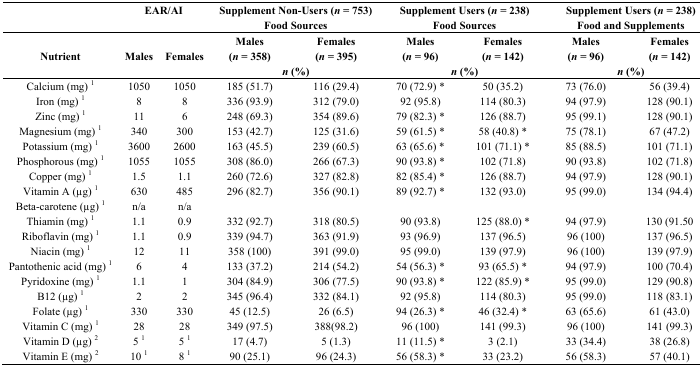
<table><thead><tr><td rowspan="2"></td><td rowspan="2" colspan="2"><b>EAR/AI</b></td><td colspan="2"><b>Supplement Non-Users (<i>n</i> = 753)</b></td><td colspan="2"><b>Supplement Users (<i>n</i> = 238)</b></td><td colspan="2"><b>Supplement Users (<i>n</i> = 238)</b></td></tr><tr><td colspan="2"><b>Food Sources</b></td><td colspan="2"><b>Food Sources</b></td><td colspan="2"><b>Food and Supplements</b></td></tr><tr><td rowspan="2"><b>Nutrient</b></td><td rowspan="2"><b>Males</b></td><td rowspan="2"><b>Females</b></td><td><b>Males (<i>n</i> = 358)</b></td><td><b>Females (<i>n</i> = 395)</b></td><td><b>Males (<i>n</i> = 96)</b></td><td><b>Females (<i>n</i> = 142)</b></td><td><b>Males (<i>n</i> = 96)</b></td><td><b>Females (<i>n</i> = 142)</b></td></tr><tr><td colspan="2"><b><i>n</i> (%)</b></td><td colspan="2"><b><i>n</i> (%)</b></td><td colspan="2"><b><i>n</i> (%)</b></td></tr></thead><tbody><tr><td>Calcium (mg) <sup>1</sup></td><td>1050</td><td>1050</td><td>185 (51.7)</td><td>116 (29.4)</td><td>70 (72.9) *</td><td>50 (35.2)</td><td>73 (76.0)</td><td>56 (39.4)</td></tr><tr><td>Iron (mg) <sup>1</sup></td><td>8</td><td>8</td><td>336 (93.9)</td><td>312 (79.0)</td><td>92 (95.8)</td><td>114 (80.3)</td><td>94 (97.9)</td><td>128 (90.1)</td></tr><tr><td>Zinc (mg) <sup>1</sup></td><td>11</td><td>6</td><td>248 (69.3)</td><td>354 (89.6)</td><td>79 (82.3) *</td><td>126 (88.7)</td><td>95 (99.1)</td><td>128 (90.1)</td></tr><tr><td>Magnesium (mg) <sup>1</sup></td><td>340</td><td>300</td><td>153 (42.7)</td><td>125 (31.6)</td><td>59 (61.5) *</td><td>58 (40.8) *</td><td>75 (78.1)</td><td>67 (47.2)</td></tr><tr><td>Potassium (mg) <sup>1</sup></td><td>3600</td><td>2600</td><td>163 (45.5)</td><td>239 (60.5)</td><td>63 (65.6) *</td><td>101 (71.1) *</td><td>85 (88.5)</td><td>101 (71.1)</td></tr><tr><td>Phosphorous (mg) <sup>1</sup></td><td>1055</td><td>1055</td><td>308 (86.0)</td><td>266 (67.3)</td><td>90 (93.8) *</td><td>102 (71.8)</td><td>90 (93.8)</td><td>102 (71.8)</td></tr><tr><td>Copper (mg) <sup>1</sup></td><td>1.5</td><td>1.1</td><td>260 (72.6)</td><td>327 (82.8)</td><td>82 (85.4) *</td><td>126 (88.7)</td><td>94 (97.9)</td><td>128 (90.1)</td></tr><tr><td>Vitamin A (μg) <sup>1</sup></td><td>630</td><td>485</td><td>296 (82.7)</td><td>356 (90.1)</td><td>89 (92.7) *</td><td>132 (93.0)</td><td>95 (99.0)</td><td>134 (94.4)</td></tr><tr><td>Beta-carotene (μg) <sup>1</sup></td><td>n/a</td><td>n/a</td><td></td><td></td><td></td><td></td><td></td><td></td></tr><tr><td>Thiamin (mg) <sup>1</sup></td><td>1.1</td><td>0.9</td><td>332 (92.7)</td><td>318 (80.5)</td><td>90 (93.8)</td><td>125 (88.0) *</td><td>94 (97.9)</td><td>130 (91.50</td></tr><tr><td>Riboflavin (mg) <sup>1</sup></td><td>1.1</td><td>0.9</td><td>339 (94.7)</td><td>363 (91.9)</td><td>93 (96.9)</td><td>137 (96.5)</td><td>96 (100)</td><td>137 (96.5)</td></tr><tr><td>Niacin (mg) <sup>1</sup></td><td>12</td><td>11</td><td>358 (100)</td><td>391 (99.0)</td><td>95 (99.0)</td><td>139 (97.9)</td><td>96 (100)</td><td>139 (97.9)</td></tr><tr><td>Pantothenic acid (mg) <sup>1</sup></td><td>6</td><td>4</td><td>133 (37.2)</td><td>214 (54.2)</td><td>54 (56.3) *</td><td>93 (65.5) *</td><td>94 (97.9)</td><td>100 (70.4)</td></tr><tr><td>Pyridoxine (mg) <sup>1</sup></td><td>1.1</td><td>1</td><td>304 (84.9)</td><td>306 (77.5)</td><td>90 (93.8) *</td><td>122 (85.9) *</td><td>95 (99.0)</td><td>129 (90.8)</td></tr><tr><td>B12 (μg) <sup>1</sup></td><td>2</td><td>2</td><td>345 (96.4)</td><td>332 (84.1)</td><td>92 (95.8)</td><td>114 (80.3)</td><td>95 (99.0)</td><td>118 (83.1)</td></tr><tr><td>Folate (μg) <sup>1</sup></td><td>330</td><td>330</td><td>45 (12.5)</td><td>26 (6.5)</td><td>94 (26.3) *</td><td>46 (32.4) *</td><td>63 (65.6)</td><td>61 (43.0)</td></tr><tr><td>Vitamin C (mg) <sup>1</sup></td><td>28</td><td>28</td><td>349 (97.5)</td><td>388(98.2)</td><td>96 (100)</td><td>141 (99.3)</td><td>96 (100)</td><td>141 (99.3)</td></tr><tr><td>Vitamin D (μg) <sup>2</sup></td><td>5 <sup>1</sup></td><td>5 <sup>1</sup></td><td>17 (4.7)</td><td>5 (1.3)</td><td>11 (11.5) *</td><td>3 (2.1)</td><td>33 (34.4)</td><td>38 (26.8)</td></tr><tr><td>Vitamin E (mg) <sup>2</sup></td><td>10 <sup>1</sup></td><td>8 <sup>1</sup></td><td>90 (25.1)</td><td>96 (24.3)</td><td>56 (58.3) *</td><td>33 (23.2)</td><td>56 (58.3)</td><td>57 (40.1)</td></tr></tbody></table>